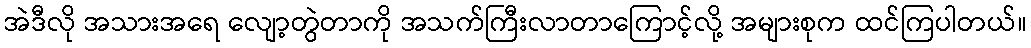
အဲဒီလို အသားအရေ လျော့တွဲတာကို အသက်ကြီးလာတာကြောင့်လို့ အများစုက ထင်ကြပါတယ်။